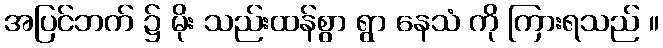
အပြင်ဘက် ၌ မိုး သည်းထန်စွာ ရွာ နေသံ ကို ကြားရသည် ။